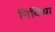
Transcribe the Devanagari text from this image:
निविधा